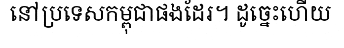
នៅប្រទេសកម្ពុជាផងដែរ។ ដូច្នេះហើយ